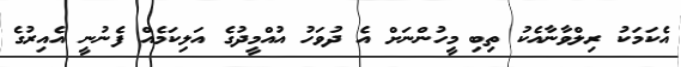
އެކަމަކު ރިލްވާނާއެކު ތިބި މީހުންނަށް އެ ދުވަހު އުއްމީދުގެ އަލިކަމެއް ފެނުނީ އެއިރުގެ